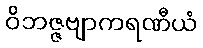
ဝိဘဇ္ဇဗျာကရဏီယံ